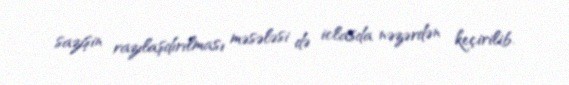
sazişin razılaşdırılması məsələsi də iclasda nəzərdən keçirilib.